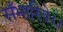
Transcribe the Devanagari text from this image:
सँभारिये।।